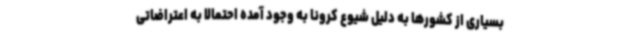
بسیاری از کشورها به دلیل شیوع کرونا به وجود آمده احتمالا به اعتراضاتی